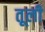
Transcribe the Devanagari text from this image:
तूली